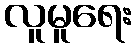
လူမူရေး